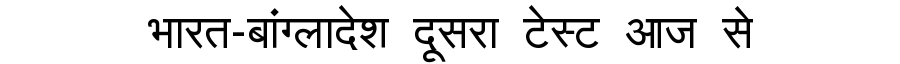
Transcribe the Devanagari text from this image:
भारत-बांग्लादेश दूसरा टेस्ट आज से